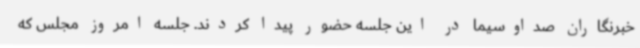
خبرنگاران صداوسیما در این جلسه حضور پیدا کردند. جلسه امروز مجلس که